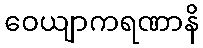
ဝေယျာကရဏာနိ